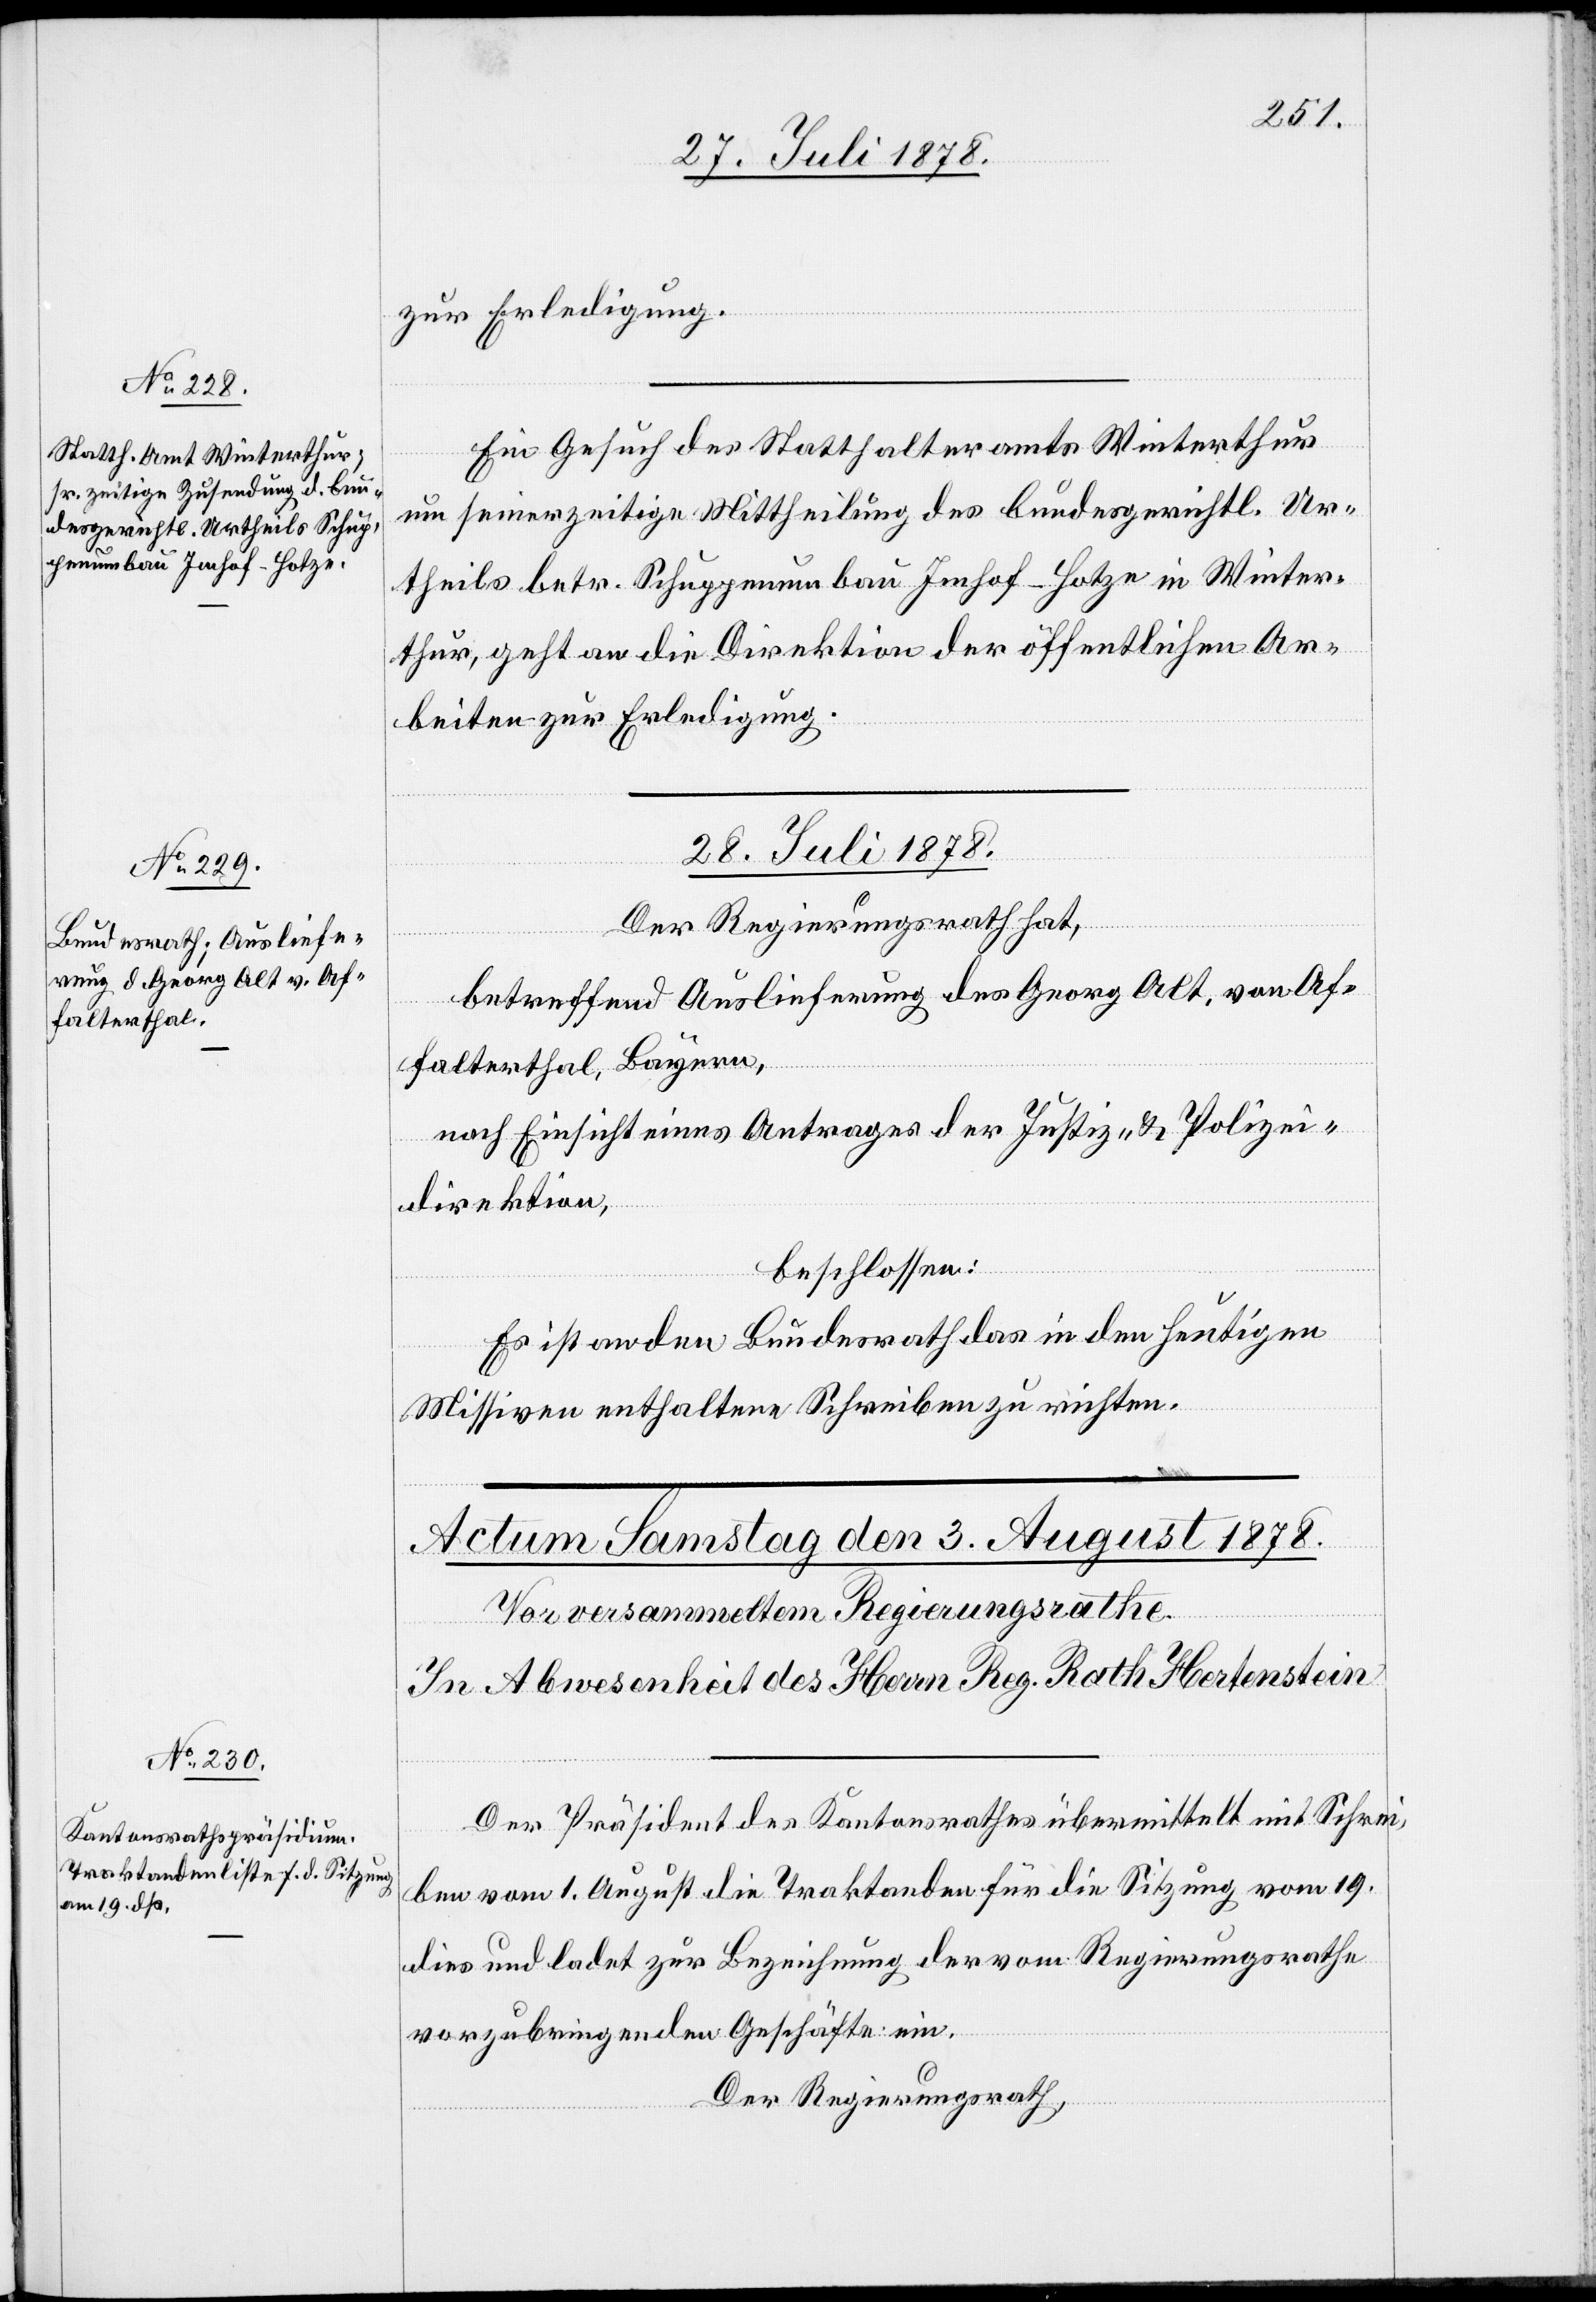
zur Erledigung.
Ein Gesuch des Statthalteramts Winterthur
um seinerzeitige Mittheilung des bundesgerichtl. Ur¬
theils betr. Schuppenumbau Imhof-Hotze in Winter¬
thur, geht an die Direktion der öffentlichen Ar¬
beiten zur Erledigung.
28. Juli 1878.
Der Regierungsrath hat,
betreffend Auslieferung des Georg Alt, von Af¬
falterthal, Bayern,
nach Einsicht eines Antrages der Justiz- & Polizei¬
direktion,
beschlossen:
Es ist an den Bundesrath das in den heutigen
Missiven enthaltene Schreiben zu richten.
Der Präsident des Kantonsrathes übermittelt mit Schrei¬
ben vom 1. August die Traktanden für die Sitzung vom 19.
dies und ladet zur Bezeichnung der vom Regierungsrathe
vorzubringenden Geschäfte ein.
Der Regierungsrath,